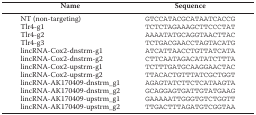
<table><thead><tr><td><b>Name</b></td><td><b>Sequence</b></td></tr></thead><tbody><tr><td>NT (non-targeting)</td><td>GTCCATACGCATAATCACCG</td></tr><tr><td>Tlr4-g1</td><td>TCTCTAGAAAGCTTCCCTAT</td></tr><tr><td>Tlr4-g2</td><td>AAAATATGCAGGTAACTTAC</td></tr><tr><td>Tlr4-g3</td><td>TCTGACGAACCTAGTACATG</td></tr><tr><td>lincRNA-Cox2-dnstrm-g1</td><td>ATCATTAACCTGTTATCATA</td></tr><tr><td>lincRNA-Cox2-dnstrm-g2</td><td>CTTCAATAGACATATCTTTA</td></tr><tr><td>lincRNA-Cox2-upstrm-g1</td><td>TCTTTGATGCAAGGAACTAC</td></tr><tr><td>lincRNA-Cox2-upstrm-g2</td><td>TTACACTGTTTATCGCTGGT</td></tr><tr><td>lincRNA-AK170409-dnstrm_g1</td><td>AGAGTATCTTCTCATAAGTA</td></tr><tr><td>lincRNA-AK170409-dnstrm_g2</td><td>GCAGGAGTGATTGTATGAAG</td></tr><tr><td>lincRNA-AK170409-upstrm_g1</td><td>GAAAAATTGGGTGTCTGGTT</td></tr><tr><td>lincRNA-AK170409-upstrm_g2</td><td>TTGACTTTAGATGTCGGTAA</td></tr></tbody></table>